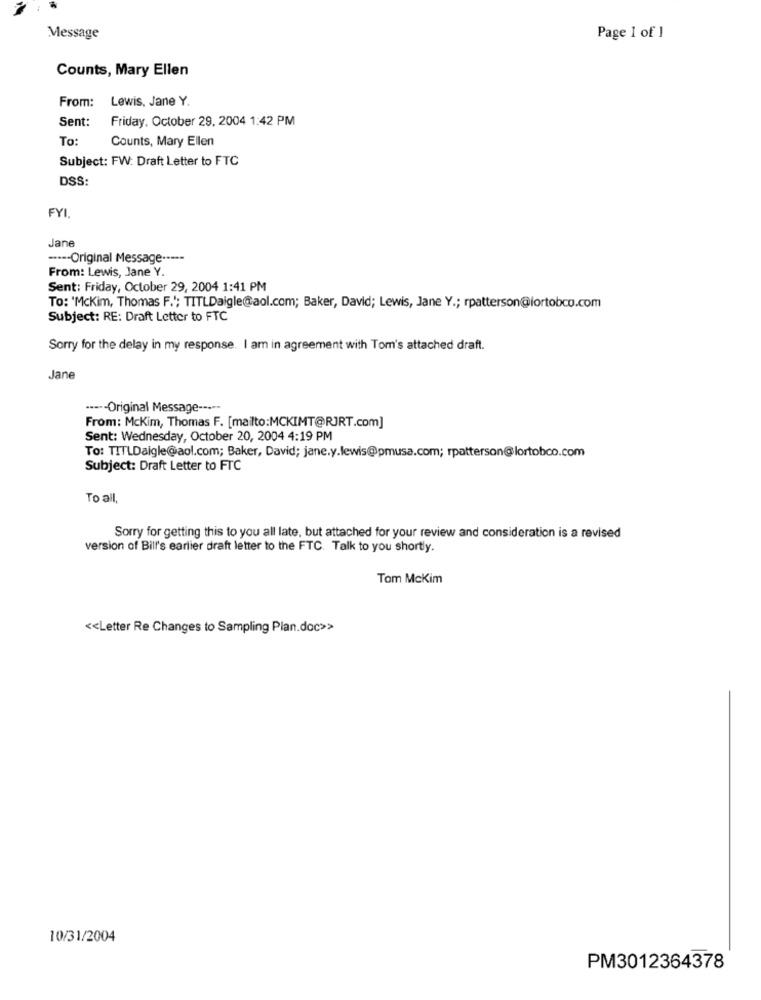
Message
Page 1 of 1
Counts, Mary Ellen
From:
Lewis, Jane Y.
Sent:
Friday, October 29, 2004 1:42 PM
To:
Counts, Mary Ellen
Subject: FW: Draft Letter to FTC
DSS:
FYI.
Jane
-·--- Original Message -----
From: Lewis, Jane Y.
Sent: Friday, October 29, 2004 1:41 PM
To: 'Mckim, Thomas F."; TITLDaigle@aol.com; Baker, David; Lewis, Jane Y .; rpatterson@lortobco.com
Subject: RE: Draft Letter to FTC
Sorry for the delay in my response. I am in agreement with Tom's attached draft.
Jane
----- Original Message -----
From: Mckim, Thomas F. [mailto:MCKIMT@RJRT.com]
Sent: Wednesday, October 20, 2004 4:19 PM
To: TITLDaigle@aol.com; Baker, David; jane.y.lewis@pmusa.com; rpatterson@lortobco.com
Subject: Draft Letter to FTC
To all,
Sorry for getting this to you all late, but attached for your review and consideration is a revised
version of Bill's earlier draft letter to the FTC. Talk to you shortly.
Tom McKim
<< Letter Re Changes to Sampling Plan.doc>>
10/31/2004
PM3012364378